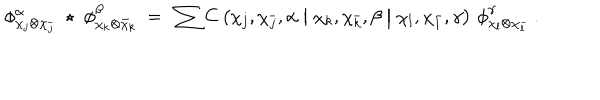
LaTeX: \phi _ { \chi _ { j } \otimes \chi _ { \bar { j } } } ^ { \alpha } \; \star \; \phi _ { \chi _ { k } \otimes \bar { \chi } _ { k } } ^ { \beta } \ = \ \sum C \left( \chi _ { j } , \chi _ { \bar { j } } , \alpha \bigm | \chi _ { k } , \chi _ { \bar { k } } , \beta \bigm | \chi _ { l } , \chi _ { \bar { l } } , \gamma \right) \, \phi _ { \chi _ { l } \otimes \chi _ { \bar { l } } } ^ { \gamma } \ .